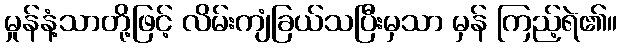
မှုန်နံ့သာတို့ဖြင့် လိမ်းကျံခြယ်သပြီးမှသာ မှန် ကြည့်ရဲ၏။